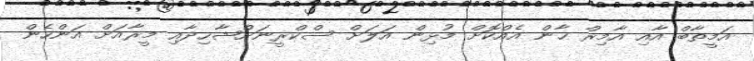
އަމީތާބް އާއި އާމިރް ޚާން އެއްކޮށް މުޅިން އަލަށް ސްކްރީނަށްޝާހިދާއި މީރާއަށް އަންހެން